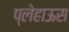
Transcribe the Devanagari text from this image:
प्लेहाऊस